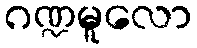
ဂဏ္ဍမူလော